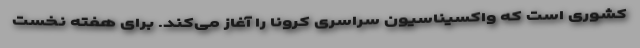
کشوری است که واکسیناسیون سراسری کرونا را آغاز می‌کند. برای هفته نخست